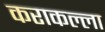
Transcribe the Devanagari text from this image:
कराकल्ला